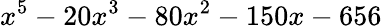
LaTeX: x^{5}-20x^{3}-80x^{2}-150x-656